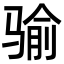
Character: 𩨈